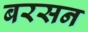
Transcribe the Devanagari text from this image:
बरसन